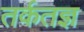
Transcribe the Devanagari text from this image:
तर्कतज्ञ